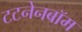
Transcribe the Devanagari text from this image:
टटनेनबॉम